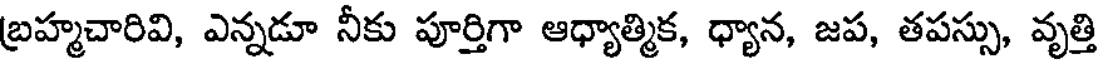
బ్రహ్మచారివి, ఎన్నడూ నీకు పూర్తిగా ఆధ్యాత్మిక, ధ్యాన, జప, తపస్సు, వృత్తి